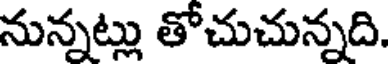
నున్నట్లు తోచుచున్నది.